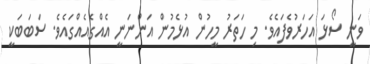
ވަނީ ސޯޅަ އަހަރުވެފައެވެ. މި ހަތަރު މީހުން އުޅެމުން އަންނަނީ އެއްގެއެއްގައެވެ. ސަބަބަކީ